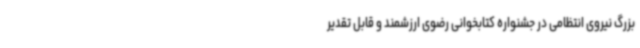
بزرگ نیروی انتظامی در جشنواره کتابخوانی رضوی ارزشمند و قابل تقدیر